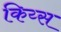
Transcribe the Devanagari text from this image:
किय्स